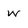
Character: w